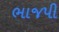
ભાજપી